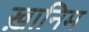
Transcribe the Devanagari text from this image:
ख़ानिम